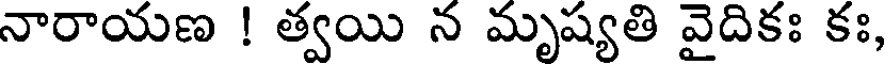
నారాయణ ! త్వయి న మృష్యతి వైదికః కః,